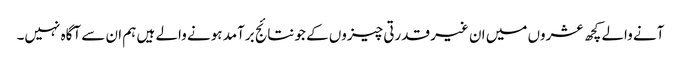
آنے والے کچھ عشروں میں ان غیر قدرتی چیزوں کے جو نتائج برآمد ہونے والے ہیں ہم ان سے آگاہ نہیں۔